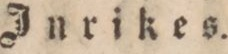
Inrikes.